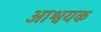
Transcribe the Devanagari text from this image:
आश्वयक